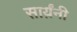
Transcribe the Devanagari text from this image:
सार्य़ंनी